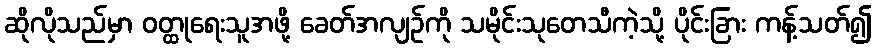
ဆိုလိုသည်မှာ ဝတ္ထုရေးသူအဖို့ ခေတ်အလျဉ်ကို သမိုင်းသုတေသီကဲ့သို့ ပိုင်းခြား ကန့်သတ်၍